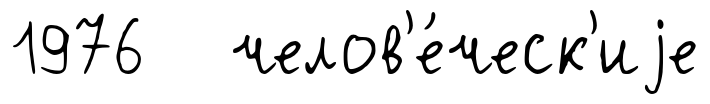
1976 челов'е́ческ'иjе